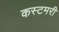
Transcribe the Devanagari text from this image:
कस्टमरी